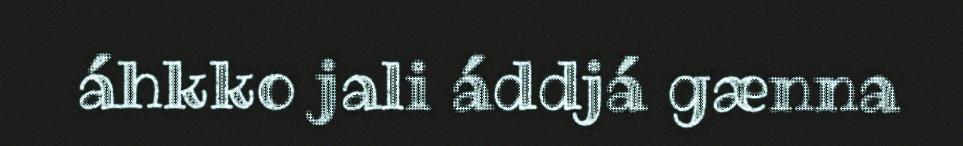
áhkko jali áddjá gænna